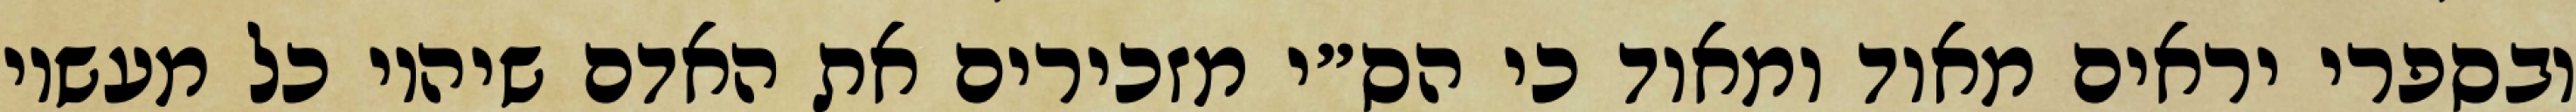
ובספרי יראים מאוד ומאוד כי הס״י מזכירים את האדם שיהיו כל מעשיו